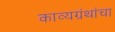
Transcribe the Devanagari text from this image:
काव्यग्रंथांचा